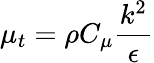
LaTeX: \mu_{t}=\rho C_{\mu}\frac{k^{2}}{\epsilon}